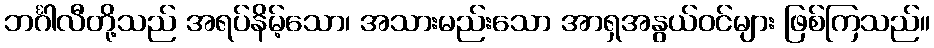
ဘင်္ဂါလီတို့သည် အရပ်နိမ့်သော၊ အသားမည်းသော အာရှအနွယ်ဝင်များ ဖြစ်ကြသည်။